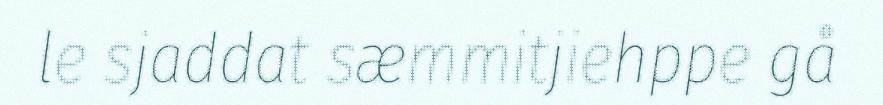
le sjaddat sæmmitjiehppe gå